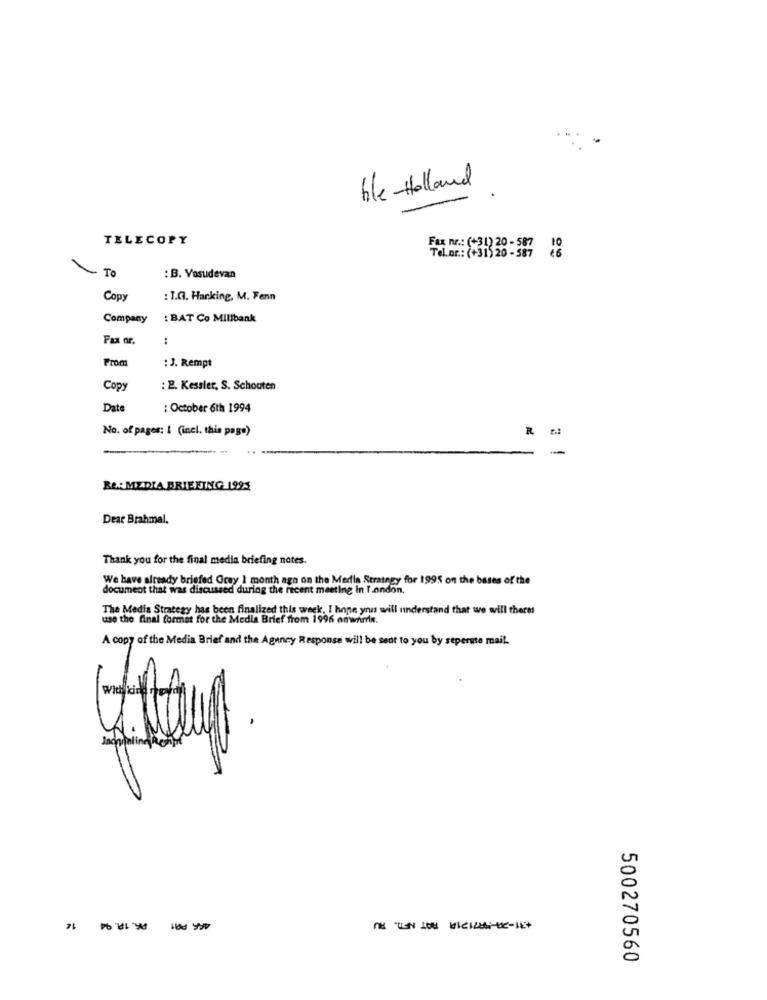
ble Holland
TELECOPY
Fax nr .: (+31) 20- 587 18
Telnr .: (+313 20 - 587
To
: B. Vasudevan
Copy
: T.G. Harking, M. Fenn
Company
: BAT Co Millbank
Fax or.
:
Froa
: J. Rempt
Copy
: 2. Kessler, S. Schouten
Date
: October 6th 1994
No. of pages: I (incl. this page)
Re: MEDIA BRIEFING 1995
Dear Brahmal.
Thank you for the final media briefing notes.
We have already briefed Grey 1 month ago on the Media Strategy for 1995 on the bases of the
document that was discussed during the recent meeting in I.andon.
The Media Strategy has been finalized this week. I hope you will understand that we will theres
use the final format for the Media Brief from 1996 omwnris.
A copy of the Media Brief and the Agency Response will be sent to you by seperste mail.
+31-20-5871218 RAT NFT. RU
500270560